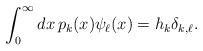
LaTeX: \begin{align*}\int_0^\infty dx\, p_k(x)\psi_\ell(x)=h_k\delta_{k,\ell}.\end{align*}